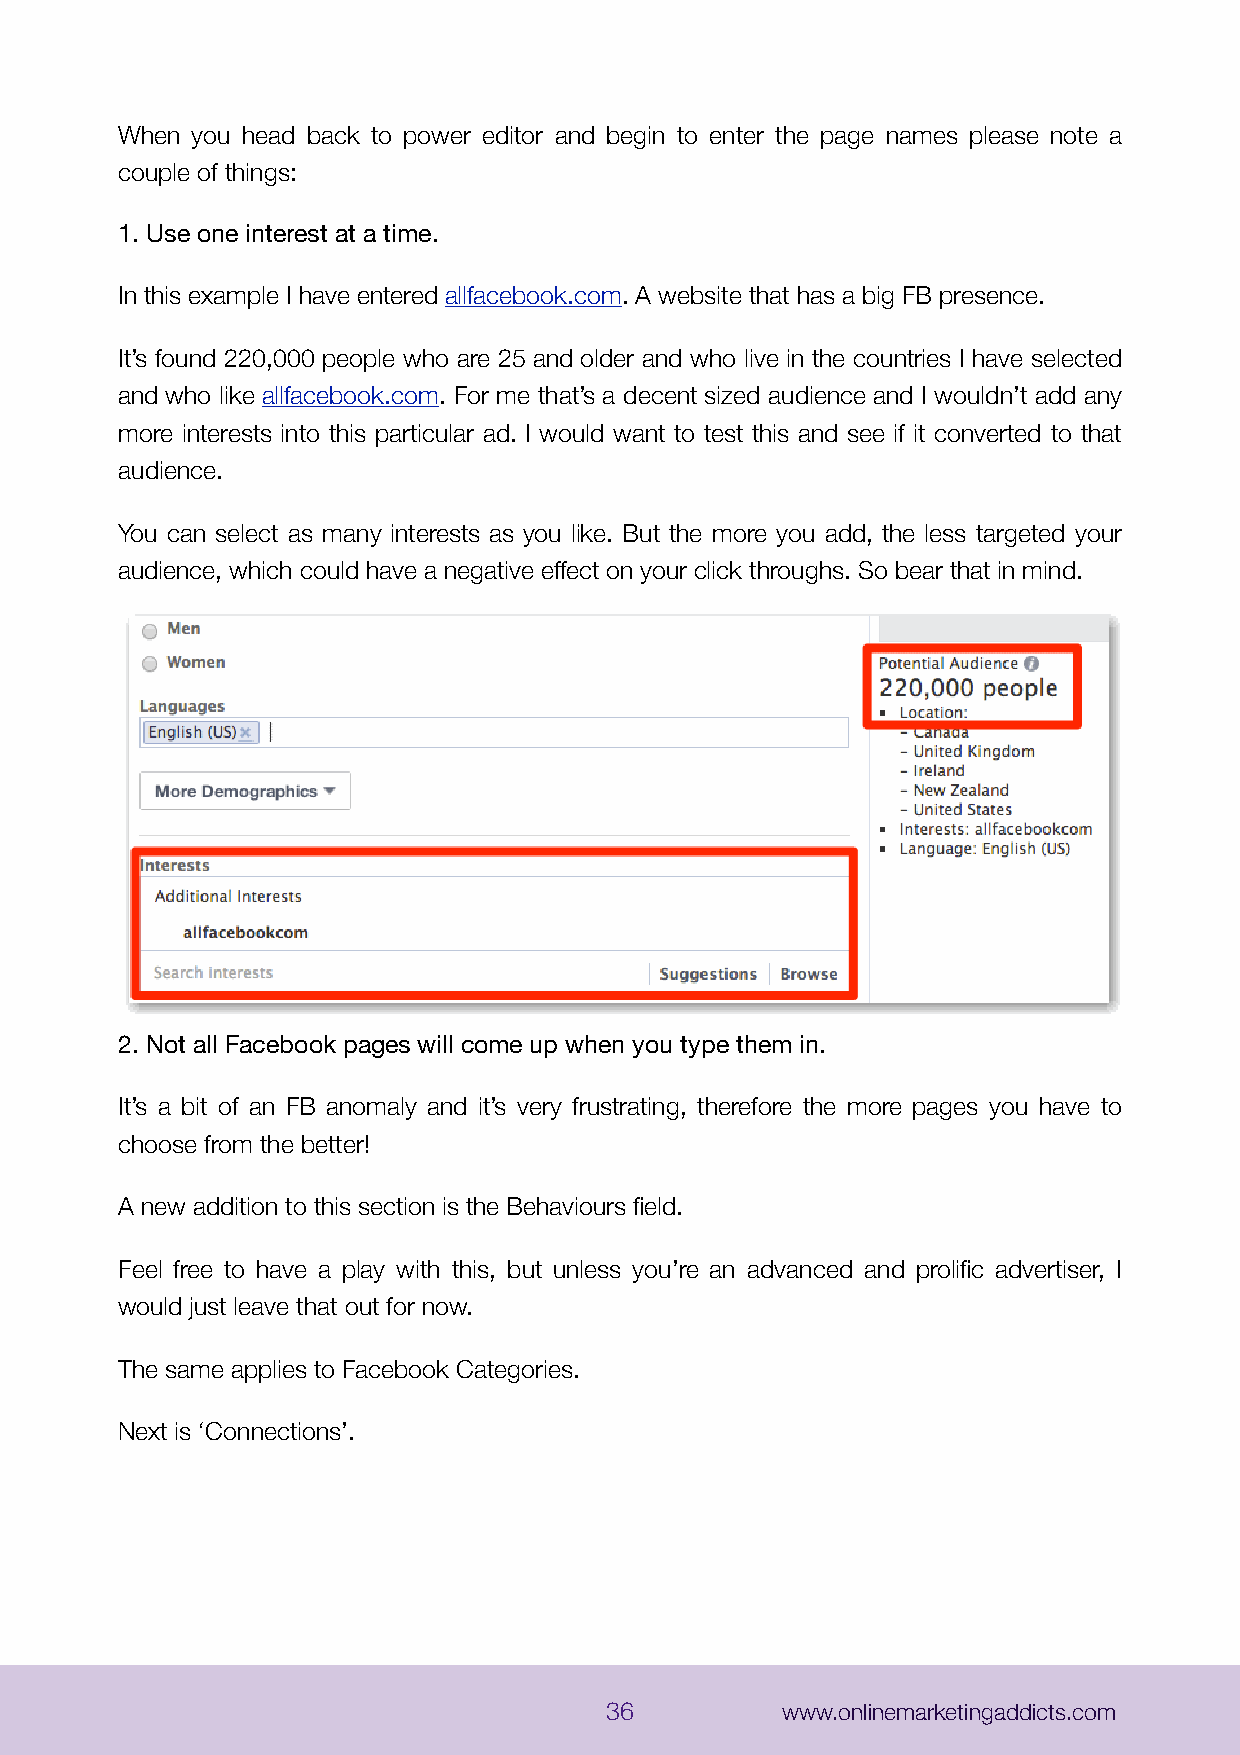
When you head back to power editor and begin to enter the page names please note a
 couple of things:
 1. Use one interest at a time.
 In this example I have entered allfacebook.com. A website that has a big FB presence.
 It’s found 220,000 people who are 25 and older and who live in the countries I have selected
 and who like allfacebook.com. For me that’s a decent sized audience and I wouldn’t add any
 more interests into this particular ad. I would want to test this and see if it converted to that
 audience.
 You can select as many interests as you like. But the more you add, the less targeted your
 audience, which could have a negative effect on your click throughs. So bear that in mind.
 2. Not all Facebook pages will come up when you type them in.
 It’s a bit of an FB anomaly and it’s very frustrating, therefore the more pages you have to
 choose from the better!
 A new addition to this section is the Behaviours field.
 Feel free to have a play with this, but unless you’re an advanced and prolific advertiser, I
 would just leave that out for now.
 The same applies to Facebook Categories.
 Next is ‘Connections’.
 36          www.onlinemarketingaddicts.com